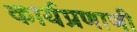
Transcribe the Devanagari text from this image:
कार्यप्रणाणी